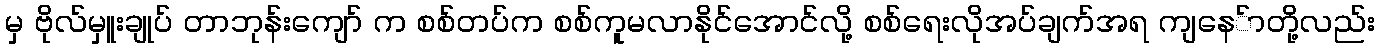
မှ ဗိုလ်မှူးချုပ် တာဘုန်းကျော် က စစ်တပ်က စစ်ကူမလာနိုင်အောင်လို့ စစ်ရေးလိုအပ်ချက်အရ ကျနေ်ာတို့လည်း